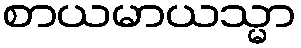
စာယမာယသ္မာ